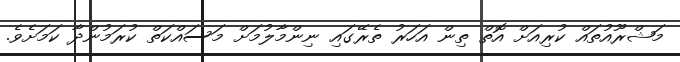
މަޝްރޫއުތައް ކުރިއަށް އޮތް ތިން އަހަރު ތެރޭގައި ނިންމާލުމަށް މަސައްކަތް ކުރަމުންދާ ކަމަށެވެ.